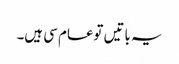
یہ باتیں توعام سی ہیں۔